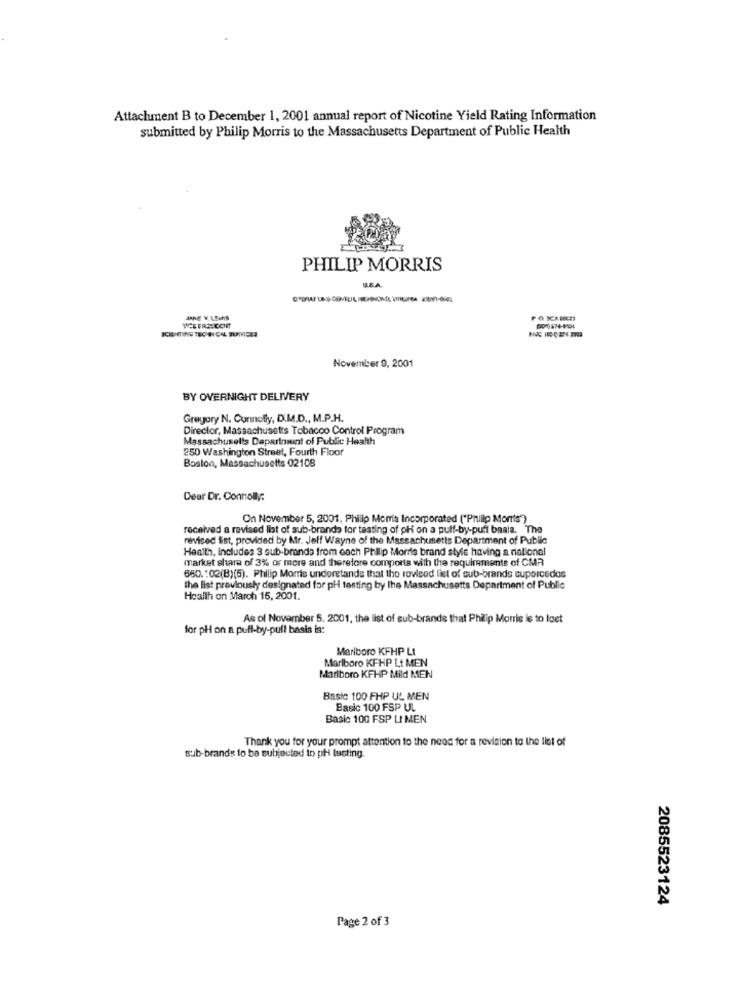
Attachment B to December 1, 2001 annual report of Nicotine Yield Rating Information
submitted by Philip Morris to the Massachusetts Department of Public Health
PHILIP MORRIS
LEA
November 9, 2001
BY OVERNIGHT DELIVERY
Gregory N. Cunnofly, D.M.D ., M.P.H.
Director, Massachusetts Tobacco Control Program
Massachusetts Dapartment of Public Health
250 Washington Street, Fourth Floor
Boston, Massachusetts 02108
Dear Dr. Connolly:
On November 5, 2001. Philip Moms Incorporated ("Philip Monts)
received a revised list of sub-brands for testing of pH on a puff-by-puff basia. The
revised fist, provided by Mr. Jeff Wayne of the Massachusetts Department of Public
Health, includes 3 sub-brands from coch Philip Morris brand style having a national
market share of 3% or more and therefore comports with the requirements of CMR
660.102(8)(5). Philip Morte undoretands that the rovleed list of sub-brands suporcedos
the list previously designated for pH testing by the Massachusetts Department of Public
Health on March 15, 2001.
As of November 5, 2001, the list of sub-brands that Philip Morris is to loet
for pH on a puff-by-pull basis is:
Marlboro KFHP LI
Marlboro KFHP Lt MEN
Marlboro KFHP Mild MEN
Basic 100 FHP UL MEN
Basic 100 FSP UL
Basic 100 FSP LI MEN
Thank you for your prompt attention to the need for a revision to the list of
sub-brands to be subjected to pH busting.
2085523124
Page 2 of 3